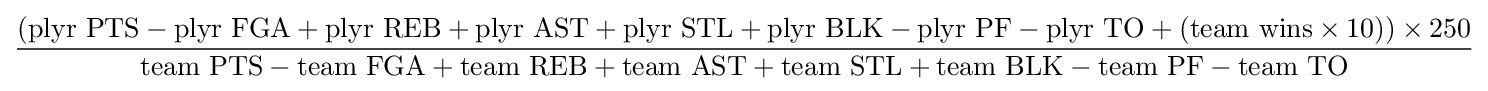
{\frac {(\mathrm {plyr\ PTS} -\mathrm {plyr\ FGA} +\mathrm {plyr\ REB} +\mathrm {plyr\ AST} +\mathrm {plyr\ STL} +\mathrm {plyr\ BLK} -\mathrm {plyr\ PF} -\mathrm {plyr\ TO} +(\mathrm {team\ wins} \times 10))\times 250}{\mathrm {team\ PTS} -\mathrm {team\ FGA} +\mathrm {team\ REB} +\mathrm {team\ AST} +\mathrm {team\ STL} +\mathrm {team\ BLK} -\mathrm {team\ PF} -\mathrm {team\ TO} }}